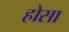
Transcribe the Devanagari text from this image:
होसा